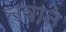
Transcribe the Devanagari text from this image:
तवाते